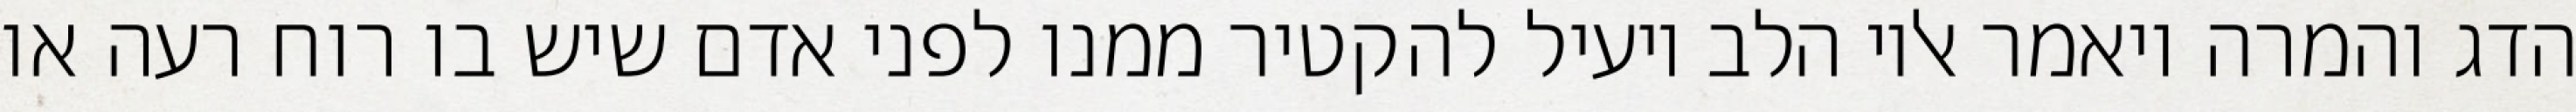
הדג והמרה ויאמר אליו הלב יועיל להקטיר ממנו לפני אדם שיש בו רוח רעה או